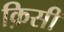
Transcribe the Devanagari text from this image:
क़िसी